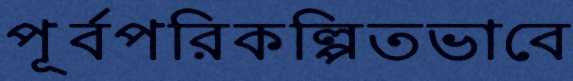
পূর্বপরিকল্পিতভাবে